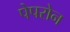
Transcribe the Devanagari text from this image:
पेपरोन